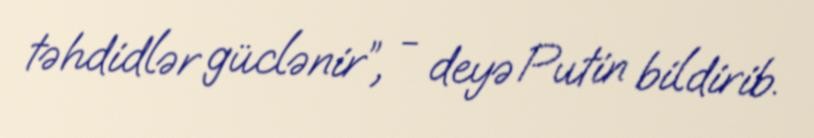
təhdidlər güclənir”, - deyə Putin bildirib.